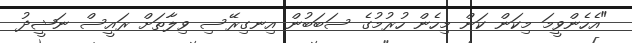
"އެހެންވީމަ މިކަން ކަން މިހެން ހުރުމުގެ ސަބަބުން އިނގިރޭސި ވިލާތަށް ރައީސް ނަޝީދު